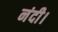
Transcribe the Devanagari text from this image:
नंदी।